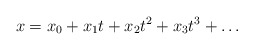
\begin{align*}x = x_0 + x_1 t + x_2 t^2 + x_3 t^3 + \ldots\end{align*}